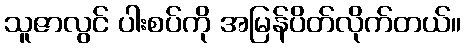
သူဇာလွင် ပါးစပ်ကို အမြန်ပိတ်လိုက်တယ်။